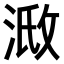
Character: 𣶌